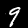
Digit: 9